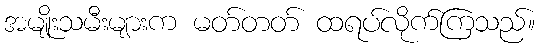
အမျိုးသမီးများက မတ်တတ် ထရပ်လိုက်ကြသည်။